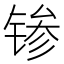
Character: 𬭝